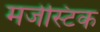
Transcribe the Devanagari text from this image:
मजेस्टिक